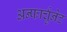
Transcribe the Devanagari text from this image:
अन्फार्चुनेट